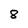
Character: 8